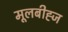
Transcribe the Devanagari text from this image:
मूलबीह्ज